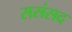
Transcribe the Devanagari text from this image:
ससंसद